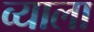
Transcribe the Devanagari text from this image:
व्याला